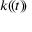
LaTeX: k ( \! ( t ) \! )